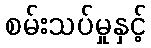
စမ်းသပ်မှုနှင့်